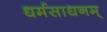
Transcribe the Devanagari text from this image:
धर्मसाधनम्